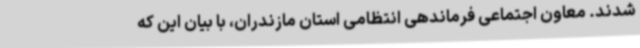
شدند. معاون اجتماعی فرماندهی انتظامی استان مازندران، با بیان این که